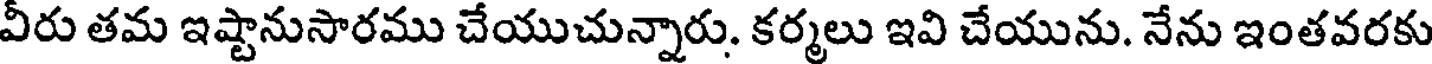
వీరు తమ ఇష్టానుసారము చేయుచున్నారు. కర్మలు ఇవి చేయును. నేను ఇంతవరకు